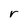
Character: r